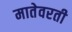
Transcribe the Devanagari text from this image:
मातेवरती